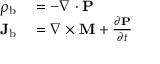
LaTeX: \begin{array} { r l } { \rho _ { \mathrm { b } } } & { { } = - \nabla \cdot \mathbf { P } } \\ { \mathbf { J } _ { \mathrm { b } } } & { { } = \nabla \times \mathbf { M } + { \frac { \partial \mathbf { P } } { \partial t } } } \end{array}